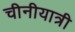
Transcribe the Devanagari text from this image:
चीनीयात्री